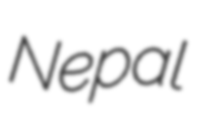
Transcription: Nepal